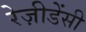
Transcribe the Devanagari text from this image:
रेज़ीडेंसी